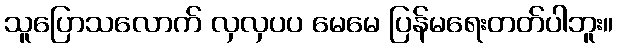
သူပြောသလောက် လှလှပပ မေမေ ပြန်မရေးတတ်ပါဘူး။